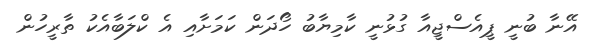
އޭނާ ބުނީ ޕީއެސްޖީއާ ގުޅުނީ ކާމިޔާބު ހޯދަން ކަމަށާއި އެ ކްލަބާއެކު ތާރީހުން